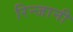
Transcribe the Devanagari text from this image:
रिन्जानी